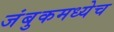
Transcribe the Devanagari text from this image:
जंबुकमध्येच